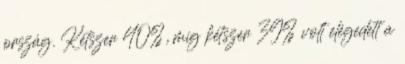
ország. Kétszer 40%, míg kétszer 39% volt elégedett a